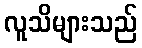
လူသိများသည်